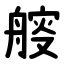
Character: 䑹